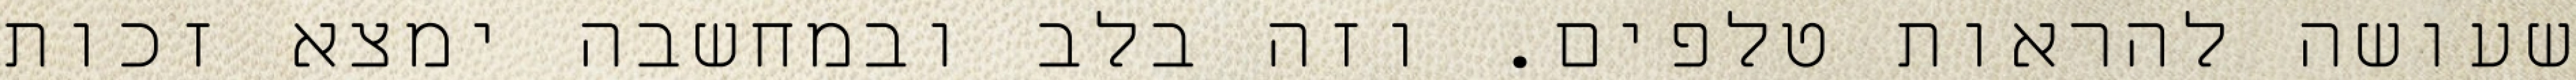
שעושה להראות טלפים. וזה בלב ובמחשבה ימצא זכות